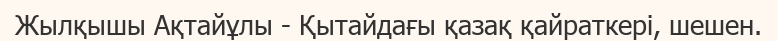
Жылқышы Ақтайұлы - Қытайдағы қазақ қайраткері, шешен.